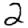
Digit: 2